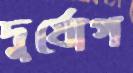
দুর্যোগ